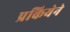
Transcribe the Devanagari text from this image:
प्रकियेने